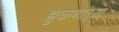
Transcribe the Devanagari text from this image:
झुकणाऱ्या